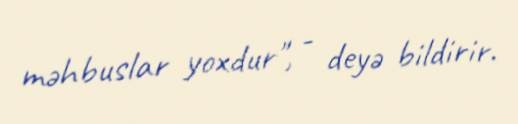
məhbuslar yoxdur", - deyə bildirir.